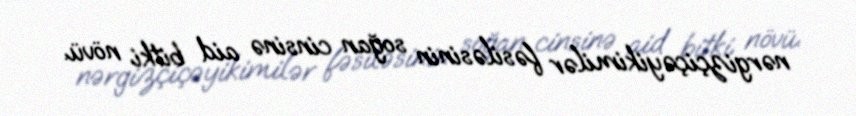
nərgizçiçəyikimilər fəsiləsinin soğan cinsinə aid bitki növü.